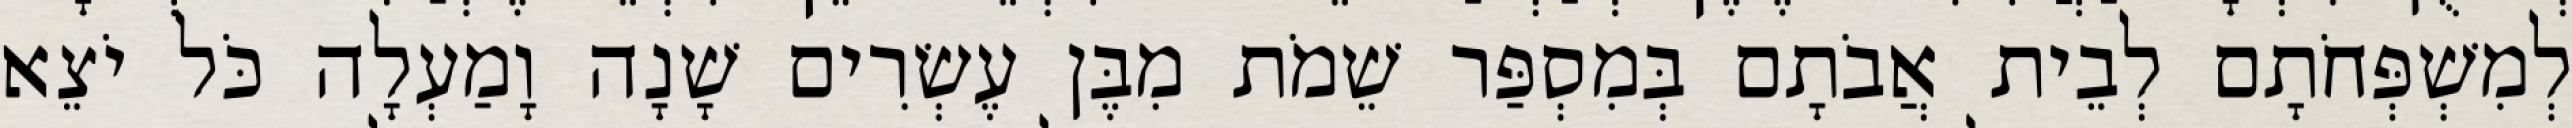
לְמִשְׁפְּחֹתָם לְבֵית אֲבֹתָם בְּמִסְפַּר שֵׁמֹת מִבֶּן עֶשְׂרִים שָׁנָה וָמַעְלָה כֹּל יֹצֵא